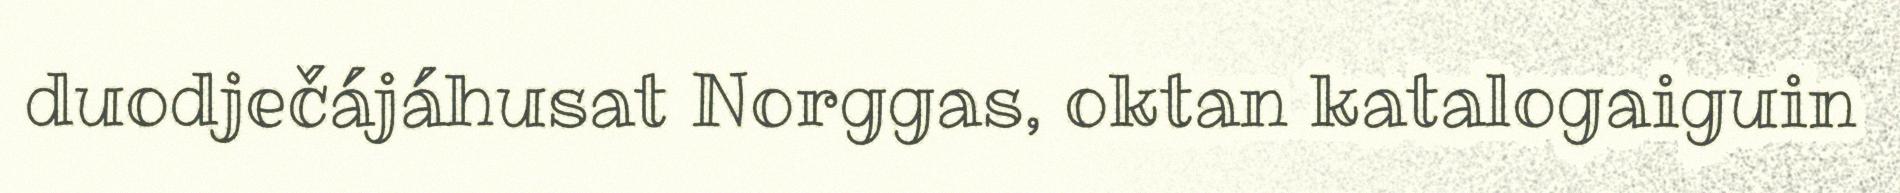
duodječájáhusat Norggas, oktan katalogaiguin